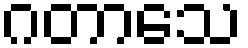
ဂတာသေ